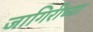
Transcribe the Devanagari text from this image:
जागिरीच्या